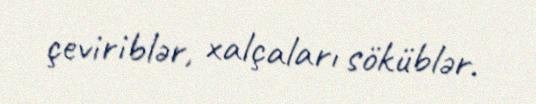
çeviriblər, xalçaları söküblər.